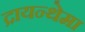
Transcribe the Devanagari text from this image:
द्रायन्थेमा